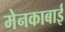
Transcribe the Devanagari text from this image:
मेनकाबाई